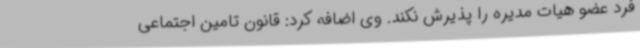
فرد عضو هیات مدیره را پذیرش نکند. وی اضافه کرد: قانون تامین اجتماعی